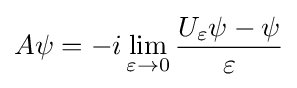
A\psi =-i\lim _{\varepsilon \to 0}{\frac {U_{\varepsilon }\psi -\psi }{\varepsilon }}